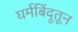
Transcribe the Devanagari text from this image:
घर्मबिंदूतून